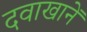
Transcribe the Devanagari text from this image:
दवाखानें